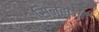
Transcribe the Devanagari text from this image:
सिन्हाजी